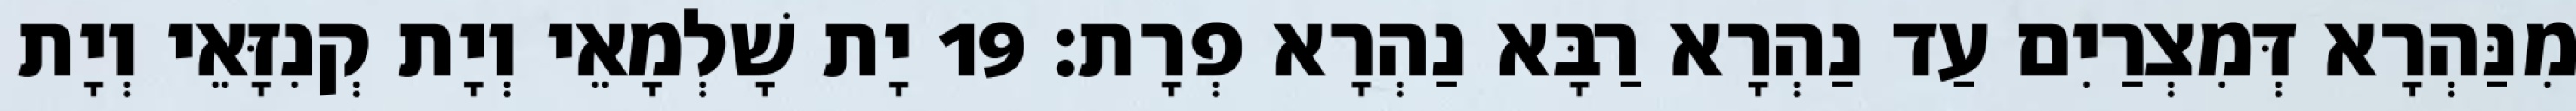
מִנַּהְרָא דְּמִצְרַיִם עַד נַהְרָא רַבָּא נַהְרָא פְרָת׃ 19 יָת שָׁלְמָאֵי וְיָת קְנִזָּאֵי וְיָת